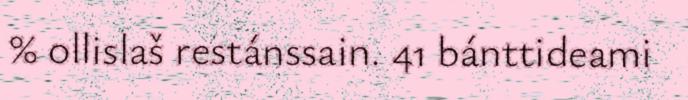
% ollislaš restánssain. 41 bánttideami